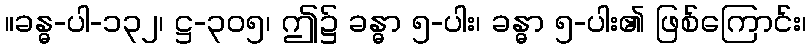
။ခန္ဓ-ပါ-၁၃၂၊ ဋ္ဌ-၃၀၅၊ ဤ၌ ခန္ဓာ ၅-ပါး၊ ခန္ဓာ ၅-ပါး၏ ဖြစ်ကြောင်း၊